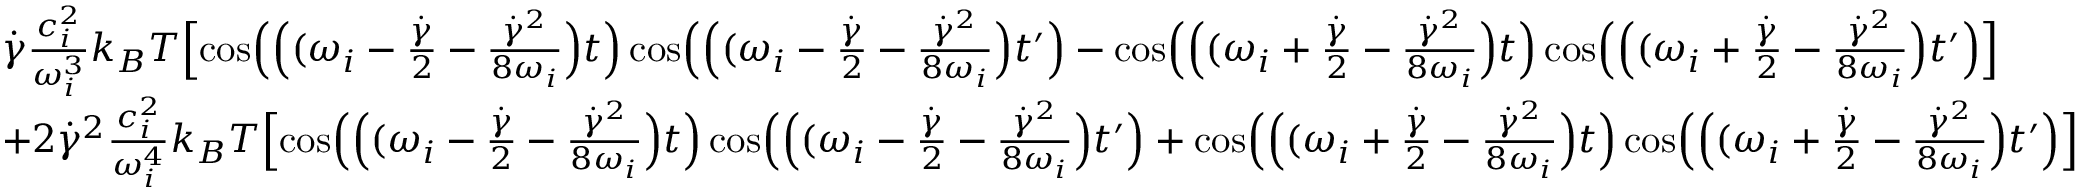
\begin{array} { r l } & { \dot { \gamma } \frac { c _ { i } ^ { 2 } } { \omega _ { i } ^ { 3 } } k _ { B } T \Bigl [ \cos \Bigl ( \Bigl ( ( \omega _ { i } - \frac { \dot { \gamma } } { 2 } - \frac { \dot { \gamma } ^ { 2 } } { 8 \omega _ { i } } \Bigr ) t \Bigr ) \cos \Bigl ( \Bigl ( ( \omega _ { i } - \frac { \dot { \gamma } } { 2 } - \frac { \dot { \gamma } ^ { 2 } } { 8 \omega _ { i } } \Bigr ) t ^ { \prime } \Bigr ) - \cos \Bigl ( \Bigl ( ( \omega _ { i } + \frac { \dot { \gamma } } { 2 } - \frac { \dot { \gamma } ^ { 2 } } { 8 \omega _ { i } } \Bigr ) t \Bigr ) \cos \Bigl ( \Bigl ( ( \omega _ { i } + \frac { \dot { \gamma } } { 2 } - \frac { \dot { \gamma } ^ { 2 } } { 8 \omega _ { i } } \Bigr ) t ^ { \prime } \Bigr ) \Bigr ] } \\ & { + 2 \dot { \gamma } ^ { 2 } \frac { c _ { i } ^ { 2 } } { \omega _ { i } ^ { 4 } } k _ { B } T \Bigl [ \cos \Bigl ( \Bigl ( ( \omega _ { i } - \frac { \dot { \gamma } } { 2 } - \frac { \dot { \gamma } ^ { 2 } } { 8 \omega _ { i } } \Bigr ) t \Bigr ) \cos \Bigl ( \Bigl ( ( \omega _ { i } - \frac { \dot { \gamma } } { 2 } - \frac { \dot { \gamma } ^ { 2 } } { 8 \omega _ { i } } \Bigr ) t ^ { \prime } \Bigr ) + \cos \Bigl ( \Bigl ( ( \omega _ { i } + \frac { \dot { \gamma } } { 2 } - \frac { \dot { \gamma } ^ { 2 } } { 8 \omega _ { i } } \Bigr ) t \Bigr ) \cos \Bigl ( \Bigl ( ( \omega _ { i } + \frac { \dot { \gamma } } { 2 } - \frac { \dot { \gamma } ^ { 2 } } { 8 \omega _ { i } } \Bigr ) t ^ { \prime } \Bigr ) \Bigr ] } \end{array}